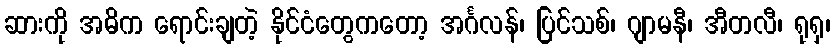
ဆားကို အဓိက ရောင်းချတဲ့ နိုင်ငံတွေကတော့ အင်္ဂလန်၊ ပြင်သစ်၊ ဂျာမနီ၊ အီတလီ၊ ရုရှ၊